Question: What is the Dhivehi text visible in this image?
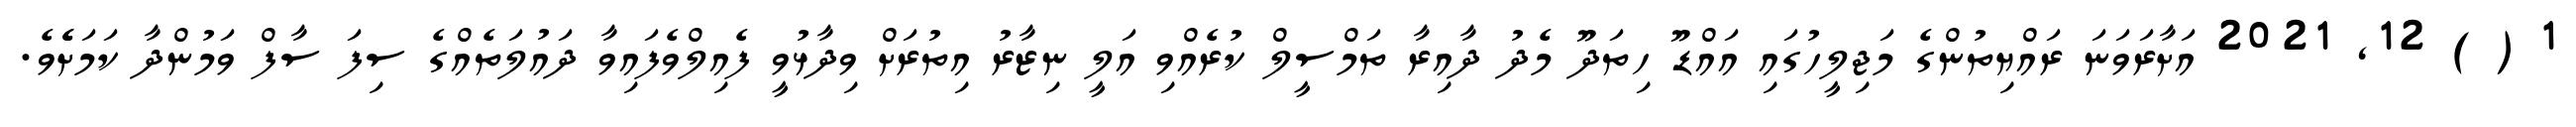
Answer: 1 ( ) 12, 2021 އަށާރަވަނަ ރައްޔިތުންގެ މަޖިލީހުގައި އައްޑޫ ހިތަދޫ މެދު ދާއިރާ ތަމްސީލް ކުރެއްވި އަލީ ނިޒާރު އިތުރަށް ވިދާޅުވީ ފެއިލްވެފައިވާ ދައުލަތެއްގެ ސިފަ ސާފް ވަމުންދާ ކަމަށެެވެ.